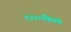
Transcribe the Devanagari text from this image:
१३३०किलो